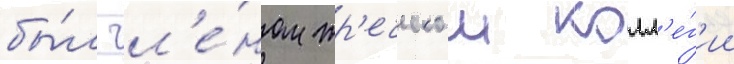
бы́л чл'е́ном жр'еческои колл'е́г'ии